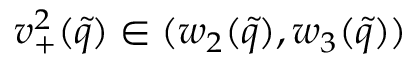
v _ { + } ^ { 2 } ( \tilde { q } ) \in ( w _ { 2 } ( \tilde { q } ) , w _ { 3 } ( \tilde { q } ) )